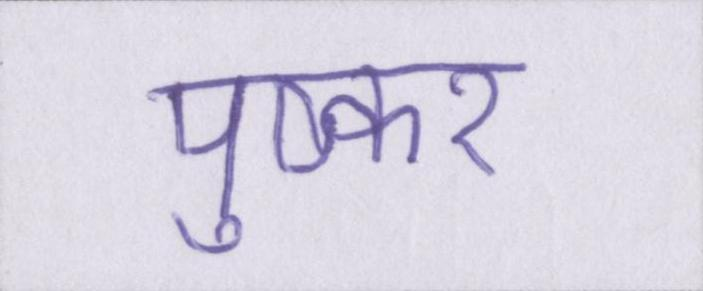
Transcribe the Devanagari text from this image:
पुष्कर